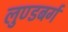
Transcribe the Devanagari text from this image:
लुण्डबर्ग